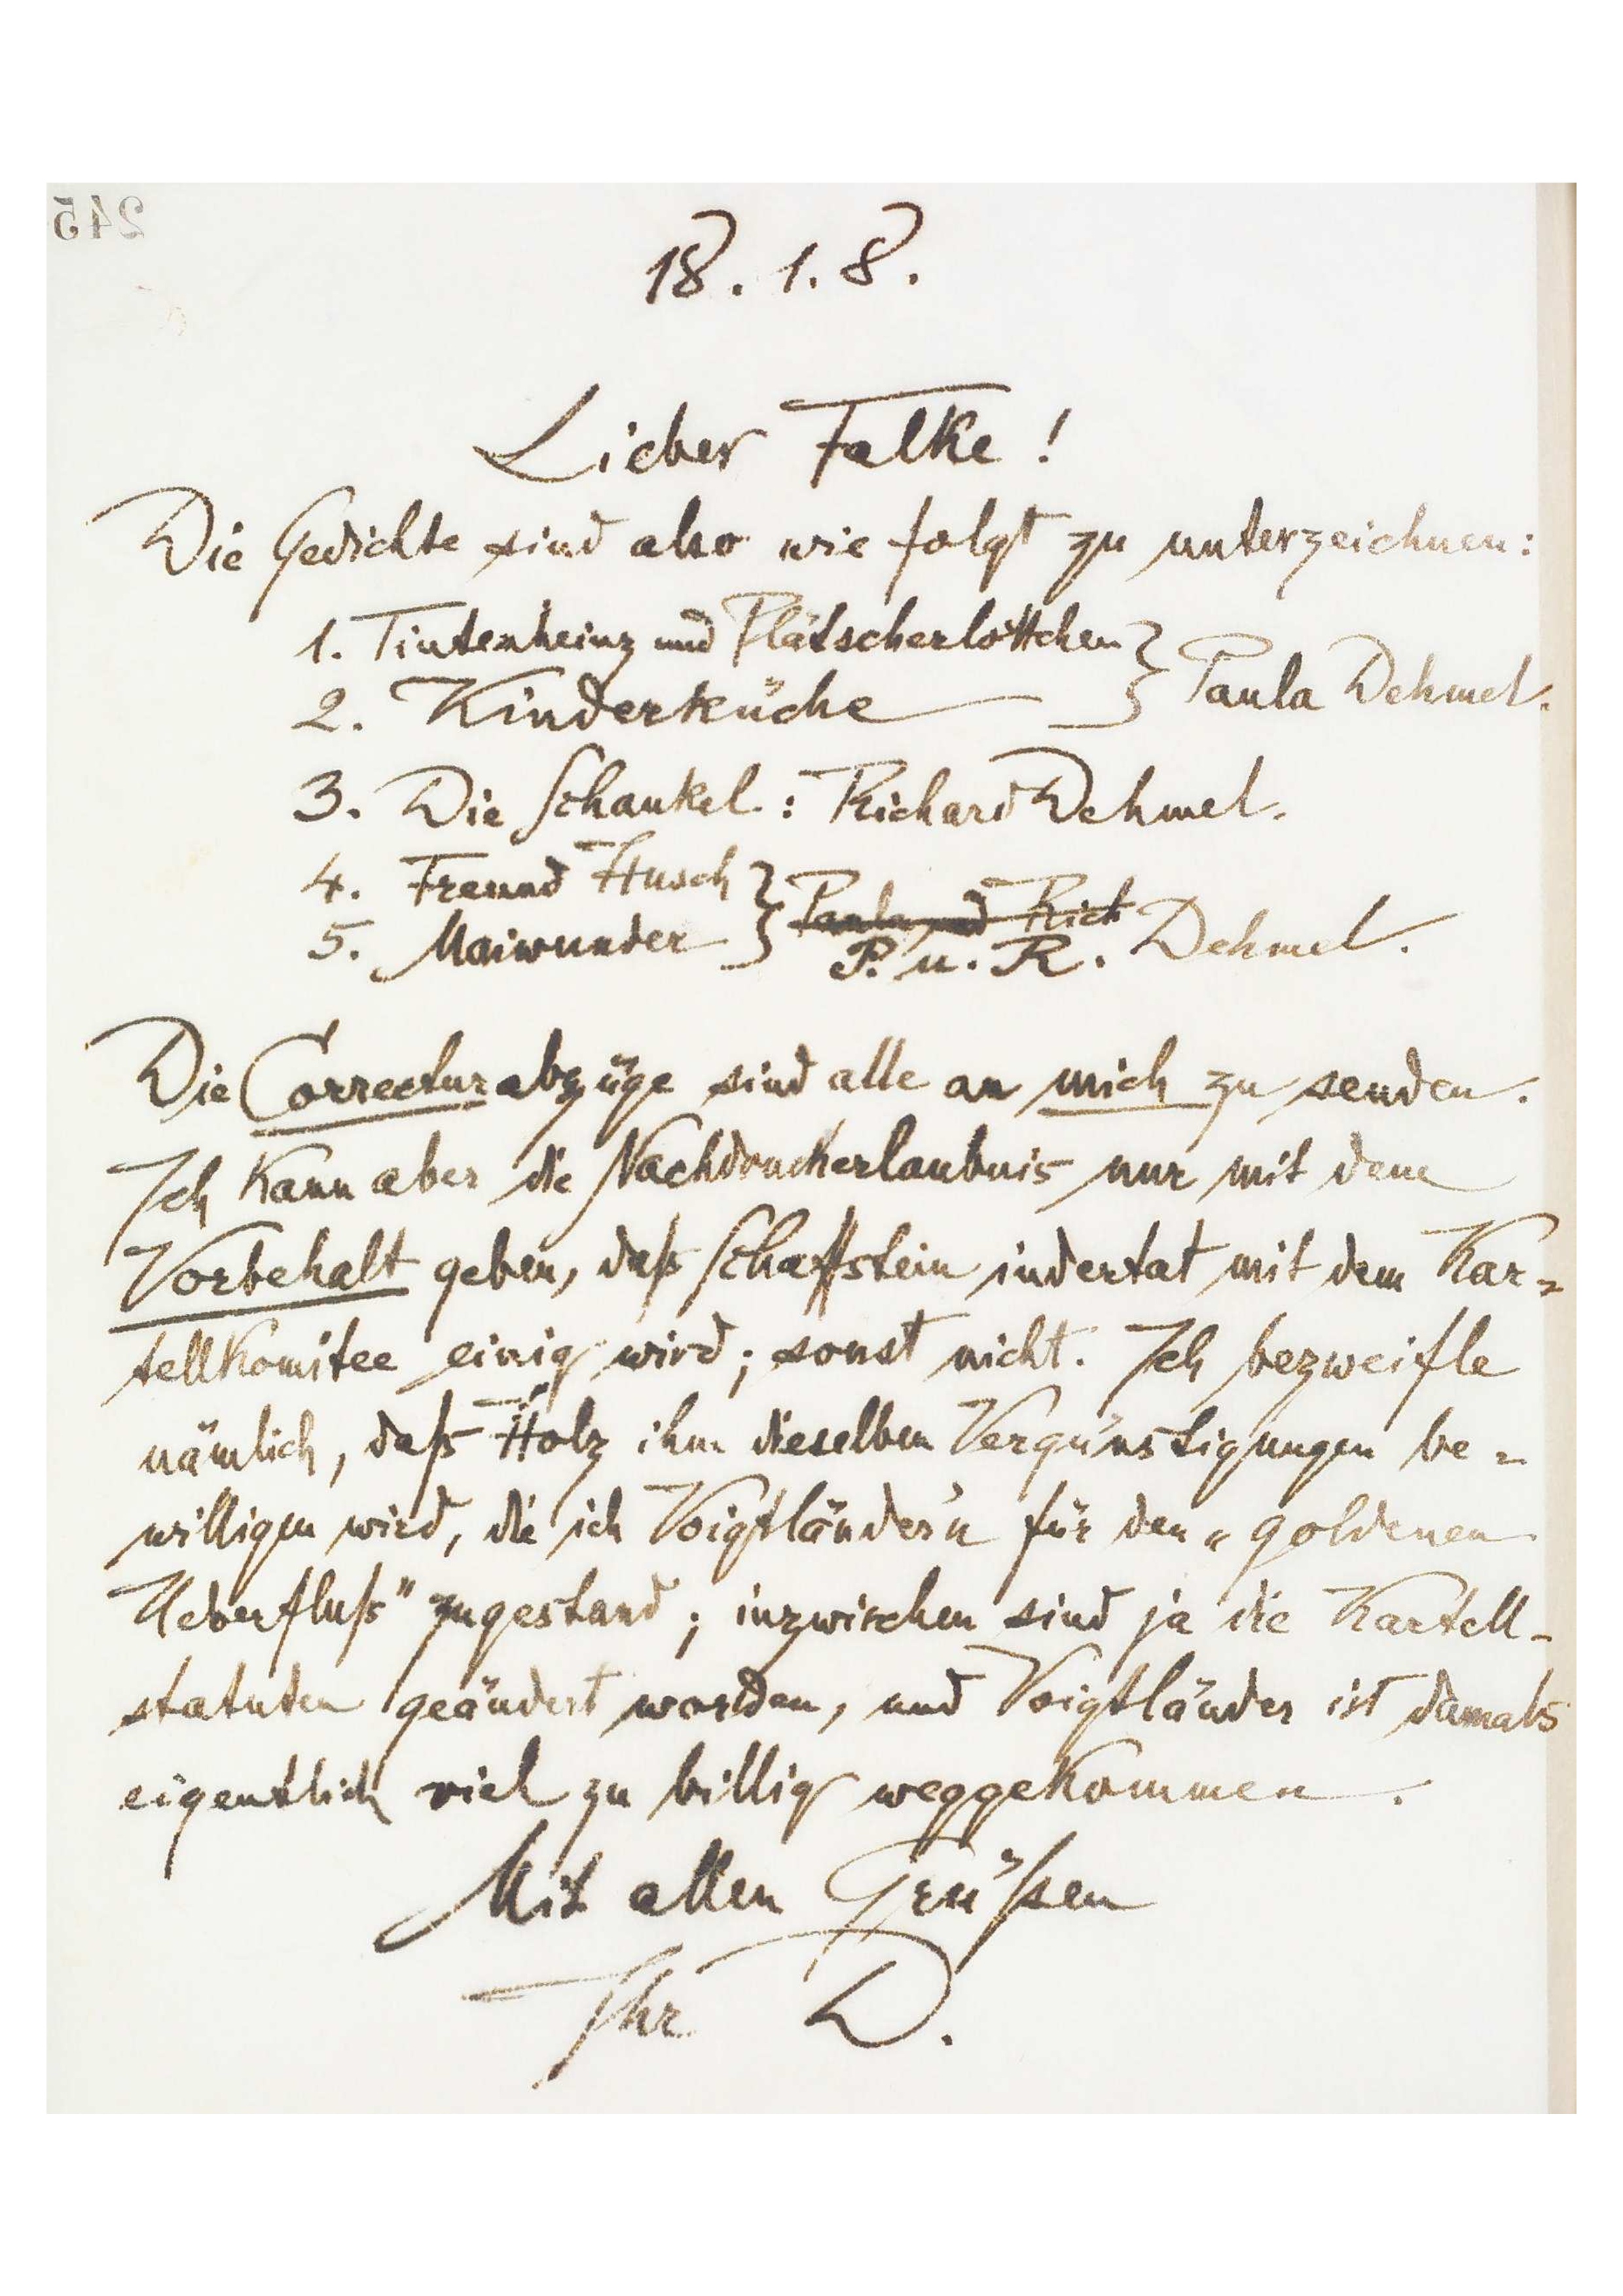
245

18.1.8.
Lieber Falke!
Die Gerichte sind aber wie folgt zu unterzeichnen:
1. Tintenheinz und Plätscherlottchen
Paula Dehmet
2. Kinderküche
3. Die Schaukel: Richard Dehmel
4. Freund Husch
5. Maiwunder Paula Rich
P. u. R. Dehmel
Die Correcturabzüge sind alle an mich zu senden.
Ich kann aber die Nachdruckerlaubnis nur mit dene
Vorbehalt geben, daß Schattstein indertat mit dem Kar-
tellkomitee einig wird; sont nicht. Ich bezweifle
nämlich, daß Holz ihn dieselben Verquastigungen be-
willigen wird, die ich Voigtläutes für den „goldenen
Uberfluß‟ zugestand, inzwischen sind ja die Kartell-
statuen geänder worden, und Voigtläudes ist damals
eigentlich viel zu billig weggekommen.
Mit allen Grüßen
Ihr D.